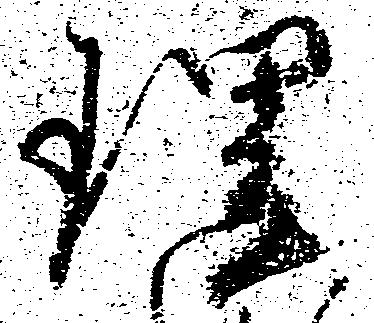
理